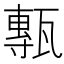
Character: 甎